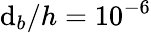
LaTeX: \mathrm{d}_{b}/h=10^{-6}